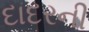
દાદરની